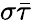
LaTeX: \sigma\bar{\tau}